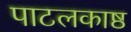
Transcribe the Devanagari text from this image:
पाटलकाष्ठ